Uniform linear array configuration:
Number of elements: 12
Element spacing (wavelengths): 0.5
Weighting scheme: cosine
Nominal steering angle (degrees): -45
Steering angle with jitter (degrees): -43.484
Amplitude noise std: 0.05
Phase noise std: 0.05

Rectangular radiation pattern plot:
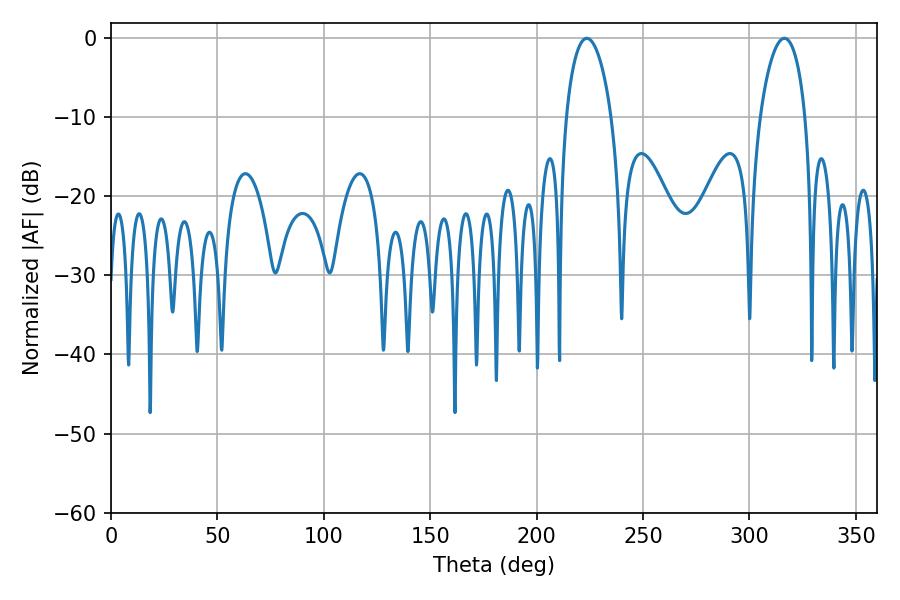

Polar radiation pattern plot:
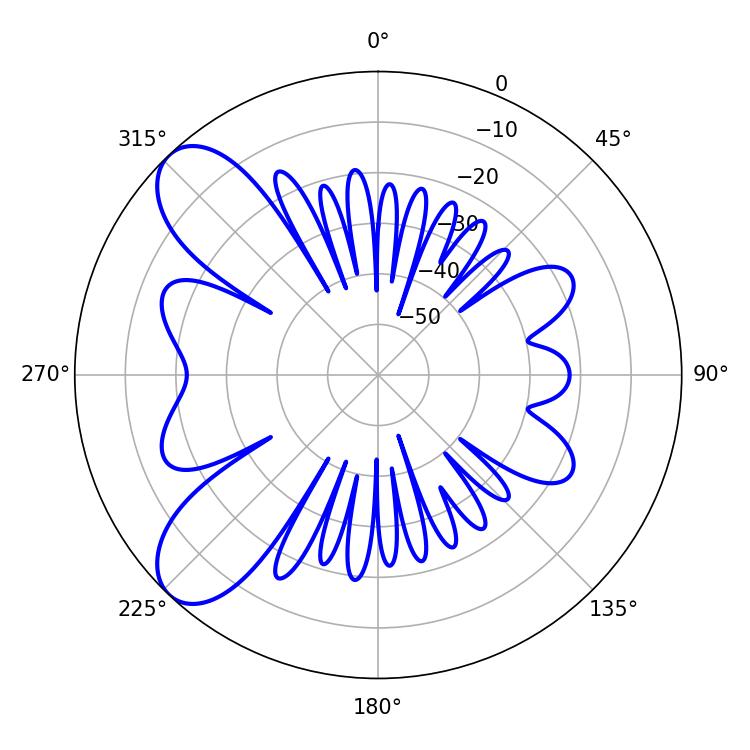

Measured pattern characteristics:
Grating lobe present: FALSE
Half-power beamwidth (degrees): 12.06
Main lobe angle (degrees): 223.56